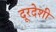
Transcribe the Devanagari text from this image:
दूरदेशी